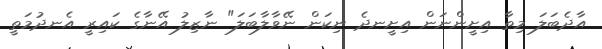
އާދެބަލަ މިތާ އިށީންނަން އިށީނދެ ނިކަން ނޭވާލާބަލަ" ނާޒިލު އޭނާގެ ކައިރީ އެނދުމަތީ